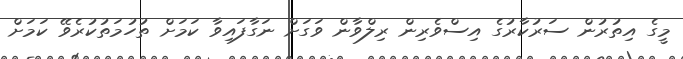
މީގެ އިތުރުން ސަރުކާރުގެ އިސްވެރިން ރިލްވާން ވަގަށް ނަގާފައިވާ ކަމަށް ތުހުމަތުކުރެވޭ ކަމަށް